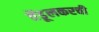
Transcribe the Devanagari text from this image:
तेंडूलकरची